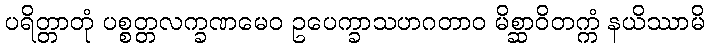
ပရိတ္တာတုံ ပစ္စတ္တလက္ခဏမေဝ ဥပေက္ခာသဟဂတာဝ မိစ္ဆာဝိတက္ကံ နယိဿာမိ